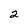
Character: 2